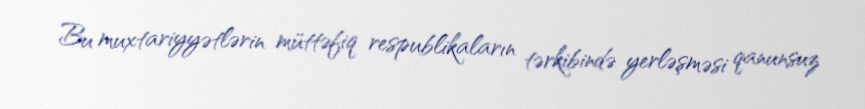
Bu muxtariyyətlərin müttəfiq respublikaların tərkibində yerləşməsi qanunsuz